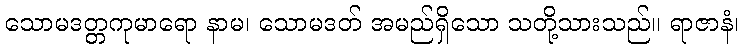
သောမဒတ္တကုမာရော နာမ၊ သောမဒတ် အမည်ရှိသော သတို့သားသည်။ ရာဇာနံ၊